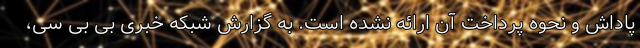
پاداش و نحوه پرداخت آن ارائه نشده است. به گزارش شبکه خبری بی بی سی،